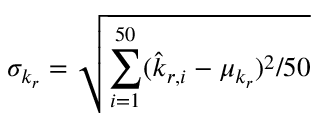
\sigma _ { k _ { r } } = \sqrt { \sum _ { i = 1 } ^ { 5 0 } ( \hat { k } _ { r , i } - \mu _ { k _ { r } } ) ^ { 2 } / 5 0 }